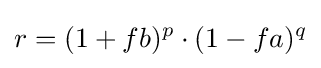
r=(1+fb)^{p}\cdot (1-fa)^{q}